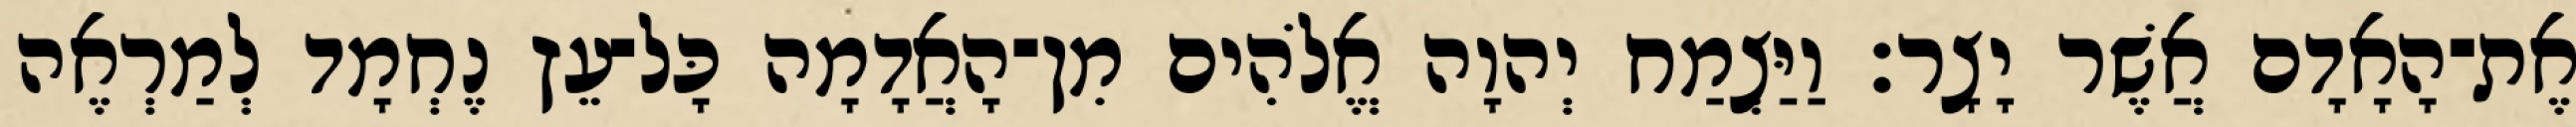
אֶת־הָאָדָם אֲשֶׁר יָצָר׃ וַיַּצְמַח יְהוָה אֱלֹהִים מִן־הָאֲדָמָה כָּל־עֵץ נֶחְמָד לְמַרְאֶה